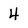
Character: 4